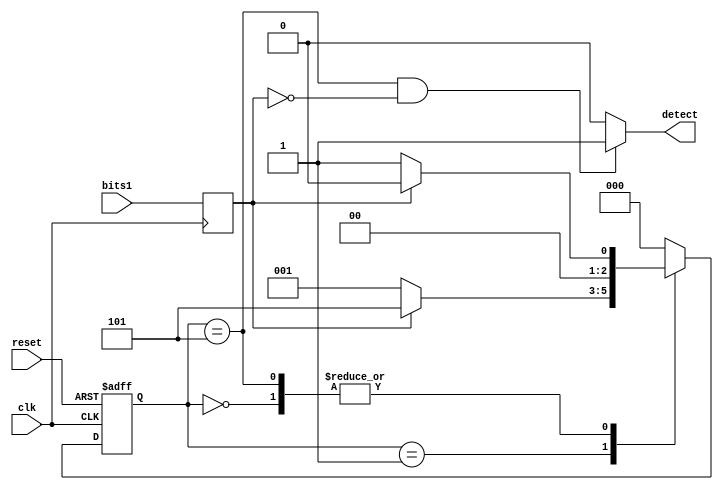
module mealy_010_detector(clk,bits1,reset,detect);
input clk,bits1,reset;
output detect;

//reg [24:0]count=0;
//reg hzout=0;
reg[2:0] state,next_state;
reg bits=0;

 parameter A = 3'b000, //state encoding
B = 3'b001,
C = 3'b101;


 /*always @(posedge clk)
begin
  if(count>249999999)count<=0;
   else count<=count+1;
	
	hzout<=(count>12499999)?1:0;
  
  
 end*/
 always @(posedge clk)
  bits<=bits1;
 
 
 always @(posedge clk/*hzout*/,negedge reset)
 if(reset==0)state<=0; else state <=next_state;
 
 
always @(state,bits)
begin


//next_state=A;




case(state)

A: begin 
    if(bits)   next_state=A;    
	 else  next_state=B;    
   end

B: begin 
    if(bits)   next_state=C;    
	 else  next_state=B;   
   end
	
C: begin 
    if(bits)  next_state=A;    
	 else begin next_state=B;   end 
   end


  
default : begin next_state=A;  end


endcase





end

 
 
 
 assign detect=(state==C&&bits==0)?1:0;
 
 
 
 endmodule